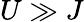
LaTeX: U\gg J